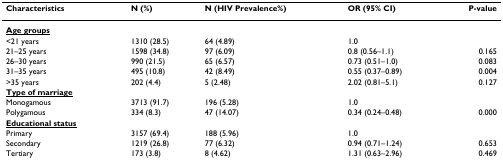
<table><thead><tr><td><b>Characteristics</b></td><td><b>N (%)</b></td><td><b>N (HIV Prevalence%)</b></td><td><b>OR (95% CI)</b></td><td><b>P-value</b></td></tr></thead><tbody><tr><td><b><underline>Age groups</underline></b></td><td></td><td></td><td></td><td></td></tr><tr><td>&lt;21 years</td><td>1310 (28.5)</td><td>64 (4.89)</td><td>1.0</td><td></td></tr><tr><td>21–25 years</td><td>1598 (34.8)</td><td>97 (6.09)</td><td>0.8 (0.56–1.1)</td><td>0.165</td></tr><tr><td>26–30 years</td><td>990 (21.5)</td><td>65 (6.57)</td><td>0.73 (0.51–1.0)</td><td>0.083</td></tr><tr><td>31–35 years</td><td>495 (10.8)</td><td>42 (8.49)</td><td>0.55 (0.37–0.89)</td><td>0.004</td></tr><tr><td>&gt;35 years</td><td>202 (4.4)</td><td>5 (2.48)</td><td>2.02 (0.81–5.1)</td><td>0.127</td></tr><tr><td><b><underline>Type of marriage</underline></b></td><td></td><td></td><td></td><td></td></tr><tr><td>Monogamous</td><td>3713 (91.7)</td><td>196 (5.28)</td><td>1.0</td><td></td></tr><tr><td>Polygamous</td><td>334 (8.3)</td><td>47 (14.07)</td><td>0.34 (0.24–0.48)</td><td>0.000</td></tr><tr><td><b><underline>Educational status</underline></b></td><td></td><td></td><td></td><td></td></tr><tr><td>Primary</td><td>3157 (69.4)</td><td>188 (5.96)</td><td>1.0</td><td></td></tr><tr><td>Secondary</td><td>1219 (26.8)</td><td>77 (6.32)</td><td>0.94 (0.71–1.24)</td><td>0.653</td></tr><tr><td>Tertiary</td><td>173 (3.8)</td><td>8 (4.62)</td><td>1.31 (0.63–2.96)</td><td>0.469</td></tr></tbody></table>